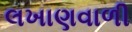
લખાણવાળી